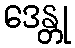
ဒေန္တု